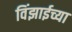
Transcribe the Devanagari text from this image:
विंझाईच्या